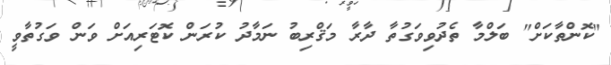
"ކޮންތާކަށް" ބަލްމާ ތެދުވިވަގުތާ ދާރާ މަޤްރިބު ނަމާދު ކުރަން ކޮޓަރިއަށް ވަން ވަގުތާވީ